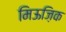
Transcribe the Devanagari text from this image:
मिऊज़िक